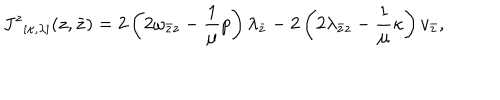
LaTeX: { J ^ { z } } _ { [ \kappa , \lambda ] } ( z , \bar { z } ) = 2 \left( 2 \omega _ { \bar { z } z } - \frac { 1 } { \mu } p \right) \lambda _ { \bar { z } } - 2 \left( 2 \lambda _ { \bar { z } z } - \frac { 1 } { \mu } \kappa \right) v _ { \bar { z } } ,